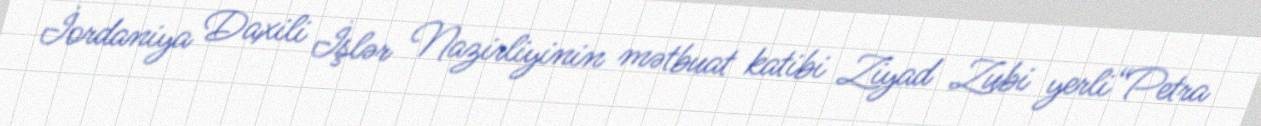
İordaniya Daxili İşlər Nazirliyinin mətbuat katibi Ziyad Zubi yerli“Petra